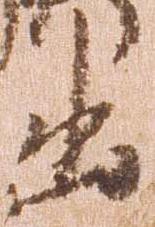
出